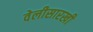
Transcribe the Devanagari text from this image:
वेलीसारखी